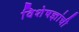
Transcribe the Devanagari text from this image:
विशेषज्ञांची